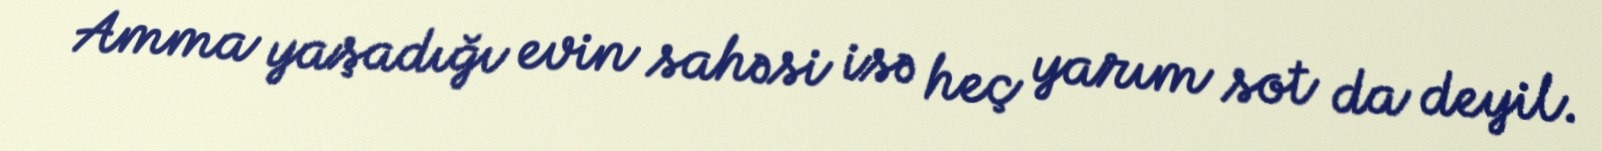
Amma yaşadığı evin sahəsi isə heç yarım sot da deyil.